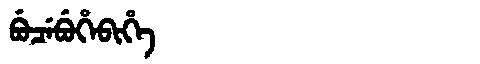
Manchu: ᠪᡠᠴᡝᠪᡠᡥᡝᠪᡳᡥᡝ
Romanization: BUCEBUHEBIHE